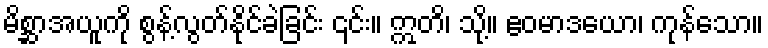
မိစ္ဆာအယူကို စွန့်လွတ်နိုင်ခဲခြင်း ၎င်း။ ဣတိ၊ သို့။ ဧဝမာဒယော၊ ကုန်သော။